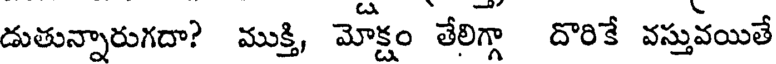
డుతున్నారుగదా? ముక్తి, మోక్షం తేలిగ్గా దొరికే వస్తువయితే